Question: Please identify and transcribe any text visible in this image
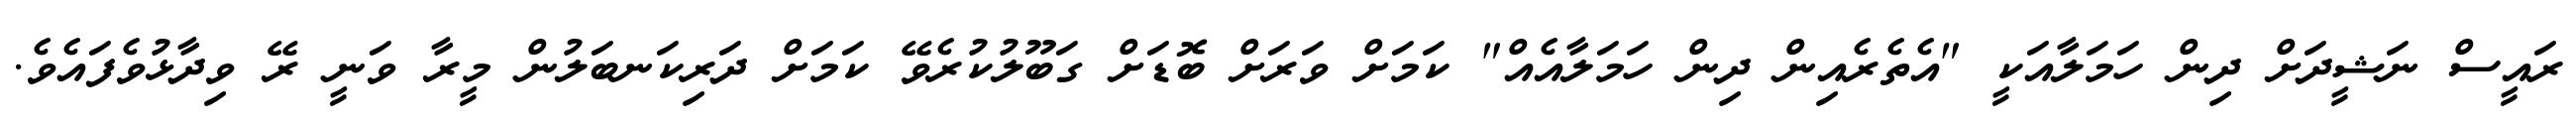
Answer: ރައީސް ނަޝީދަށް ދިން ހަމަލާއަކީ "އެތެރެއިން ދިން ހަމަލާއެއް" ކަމަށް ވަރަށް ބޮޑަށް ގަބޫލުކުރެވޭ ކަމަށް ދަރިކަނބަލުން މީރާ ވަނީ ރޭ ވިދާޅުވެފައެވެ.